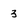
Character: 3